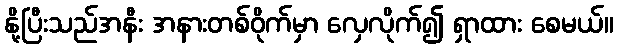
နို့ပြီးသည်အနီး အနားတစ်ဝိုက်မှာ လှေလိုက်၍ ရှာထား စေမယ်။